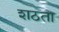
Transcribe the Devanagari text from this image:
शठता